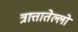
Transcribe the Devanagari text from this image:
त्रात्तातेल्लो